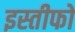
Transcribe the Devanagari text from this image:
इस्तीफों